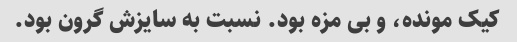
کیک مونده، و بی مزه بود. نسبت به سایزش گرون بود.